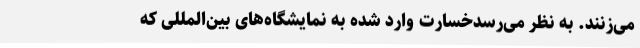
می‌زنند. به نظر می‌رسدخسارت وارد شده به نمایشگاه‌های بین‌المللی که